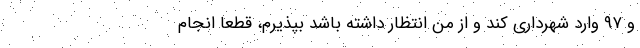
و ۹۷ وارد شهرداری کند و از من انتظار داشته باشد بپذیرم، قطعا انجام